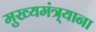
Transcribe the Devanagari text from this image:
मुख्यमंत्र्याना